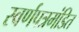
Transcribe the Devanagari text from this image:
स्वर्णपत्रमंडित